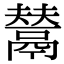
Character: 𩰿